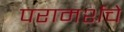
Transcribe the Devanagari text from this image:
परामर्शचे